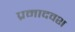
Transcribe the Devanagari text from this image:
प्रमादवश